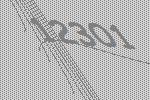
12301